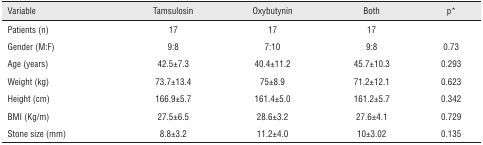
<table><thead><tr><td><b>Variable</b></td><td><b>Tamsulosin</b></td><td><b>Oxybutynin</b></td><td><b>Both</b></td><td><b>p*</b></td></tr></thead><tbody><tr><td>Patients (n)</td><td>17</td><td>17</td><td>17</td><td></td></tr><tr><td>Gender (M:F)</td><td>9:8</td><td>7:10</td><td>9:8</td><td>0.73</td></tr><tr><td>Age (years)</td><td>42.5±7.3</td><td>40.4±11.2</td><td>45.7±10.3</td><td>0.293</td></tr><tr><td>Weight (kg)</td><td>73.7±13.4</td><td>75±8.9</td><td>71.2±12.1</td><td>0.623</td></tr><tr><td>Height (cm)</td><td>166.9±5.7</td><td>161.4±5.0</td><td>161.2±5.7</td><td>0.342</td></tr><tr><td>BMI (Kg/m)</td><td>27.5±6.5</td><td>28.6±3.2</td><td>27.6±4.1</td><td>0.729</td></tr><tr><td>Stone size (mm)</td><td>8.8±3.2</td><td>11.2±4.0</td><td>10±3.02</td><td>0.135</td></tr></tbody></table>